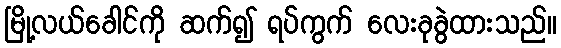
မြို့လယ်ခေါင်ကို ဆက်၍ ရပ်ကွက် လေးခုခွဲထားသည်။